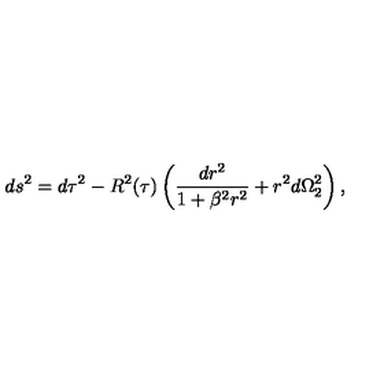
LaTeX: d s ^ { 2 } = d \tau ^ { 2 } - R ^ { 2 } ( \tau ) \left( \frac { d r ^ { 2 } } { 1 + \beta ^ { 2 } r ^ { 2 } } + r ^ { 2 } d \Omega _ { 2 } ^ { 2 } \right) ,